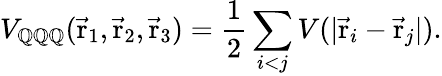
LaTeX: V_{\mathbb{Q}\mathbb{Q}\mathbb{Q}}(\vec{{\mathrm{{r}}}}_{1},\vec{{\mathrm{{r}}}}_{2},\vec{{\mathrm{{r}}}}_{3})={\frac{{1}}{{2}}}\sum_{i<j}V(\vert\vec{{\mathrm{{r}}}}_{i}-\vec{{\mathrm{{r}}}}_{j}\vert).